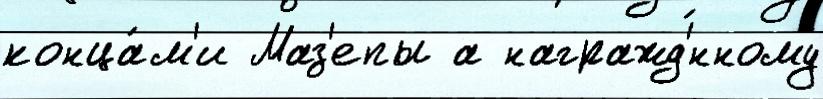
конца́м'и Маз'епы а награжд'́нному